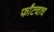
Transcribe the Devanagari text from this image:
फाँटचाच